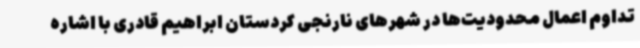
تداوم اعمال محدودیت‌ها در شهرهای نارنجی کردستان ابراهیم قادری با اشاره